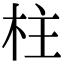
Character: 柱